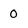
Character: 0